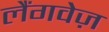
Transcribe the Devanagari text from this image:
लैंगवेज़